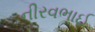
નીરવભાઈ